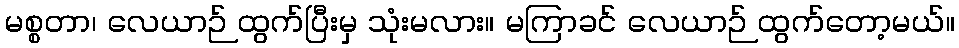
မစ္စတာ၊ လေယာဉ် ထွက်ပြီးမှ သုံးမလား။ မကြာခင် လေယာဉ် ထွက်တော့မယ်။